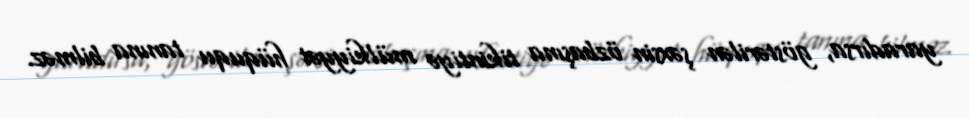
yaradırsa, göstərilən şəxsin özbaşına tikintiyə mülkiyyət hüququ tanına bilməz.